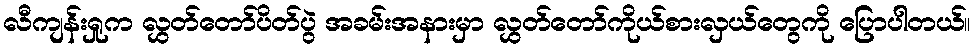
လီကျန်းရှုက လွှတ်တော်ပိတ်ပွဲ အခမ်းအနားမှာ လွှတ်တော်ကိုယ်စားလှယ်တွေကို ပြောပါတယ်။